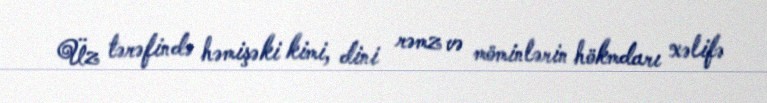
Üz tərəfində həmişəki kimi, dini rəmz və möminlərin hökmdarı xəlifə